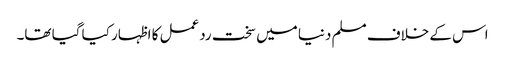
اس کے خلاف مسلم دنیا میں سخت ردعمل کا اظہار کیا گیا تھا۔